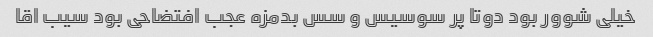
خیلی شوور بود دوتا پر سوسیس و سس بدمزه عجب افتضاحی بود سیب اقا